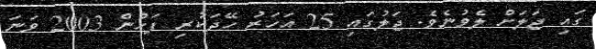
ގައި ޖަލަށް ލެވުނެވެ. ޖަލުގައި 25 އަހަރު ހޭދަކުރި ފަހުން 2003 ވަނަ